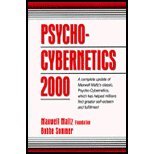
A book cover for Psycho Cybernetics 2000 by Foundation,Maxwell Maltz; Sommer,Bobbe. [1996,2nd Edition.] Paperback; Foundation; Computers & Technology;